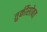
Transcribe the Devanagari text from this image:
तुर्कीसोबत